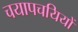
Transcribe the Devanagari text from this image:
चयापचयियों